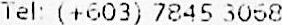
TEL: (+603) 7845 3068